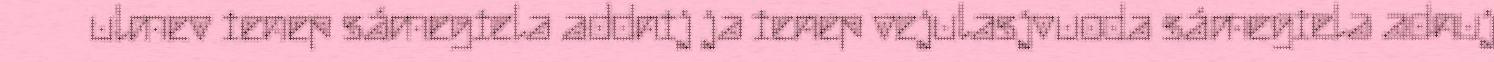
ulmev ienep sámegiela addnij ja ienep vejulasjvuoda sámegiela adnuj